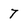
Character: 7